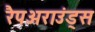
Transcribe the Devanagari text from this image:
रैपअराउंड्स